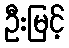
ဦးမြင့်